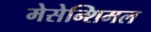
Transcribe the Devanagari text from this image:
मेसेन्शिमल